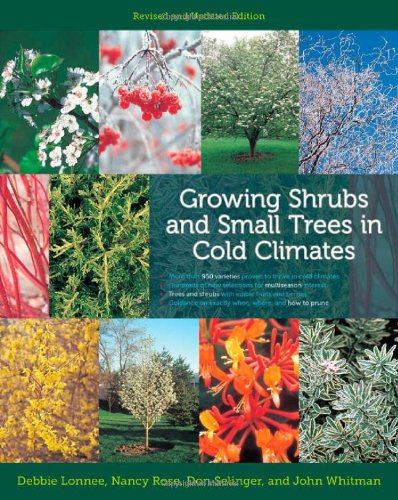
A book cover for Growing Shrubs and Small Trees in Cold Climates: Revised and Updated Edition; Debbie Lonnee; Crafts, Hobbies & Home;